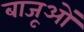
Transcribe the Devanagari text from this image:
बाजूओं